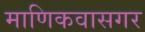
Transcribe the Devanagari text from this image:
माणिकवासगर